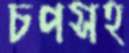
চপসহ